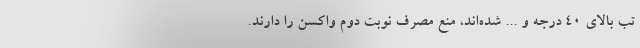
تب بالای ۴۰ درجه و ... شده‌اند، منع مصرف نوبت دوم واکسن را دارند.